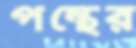
পন্থের